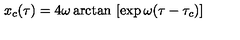
x _ { c } ( \tau ) = 4 \omega \arctan \ [ \exp \omega ( \tau - \tau _ { c } ) ]